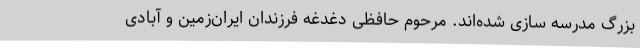
بزرگ مدرسه ‌سازی شده‌اند. مرحوم حافظی دغدغه فرزندان ایران‌زمین و آبادی